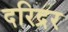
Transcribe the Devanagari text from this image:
दरिद्रर